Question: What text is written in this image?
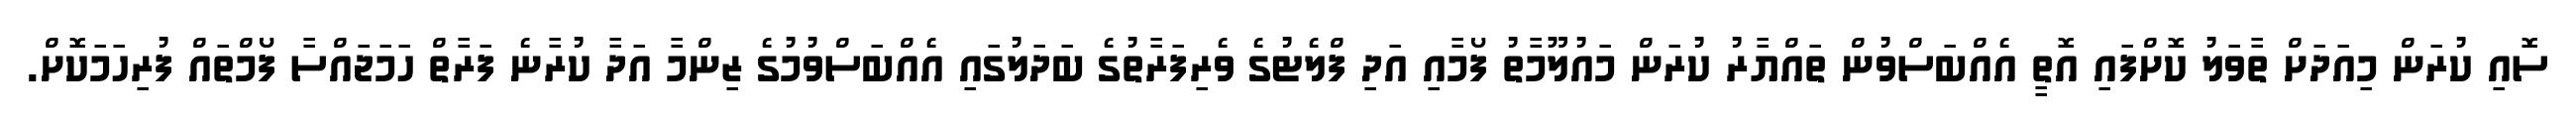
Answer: ސޮއި ކުރަން މިއަދަށް ތާވަލު ކޮށްފައި އޮތީ އެއްބަސްވުން ތައްޔާރު ކުރަން މައުލޫމާތު ފޯމާއި އަދި ފްލެޓުގެ ވެރިފަރާތުގެ ބަދަލުގައި އެއްބަސްވުމުގެ ޒިންމާ އަދާ ކުރާނެ ފަރާތް ހަމަޖައްސާ ފޯމްތައް ފުރިހަމަކޮށް.